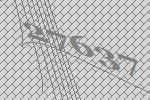
27637